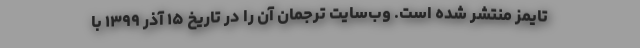
‌تایمز منتشر شده است. وب‌سایت ترجمان آن را در تاریخ ۱۵ آذر ۱۳۹۹ با